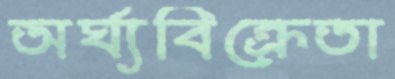
অর্ঘ্যবিক্রেতা